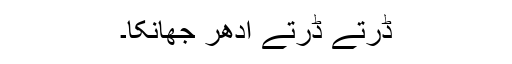
ڈرتے ڈرتے ادھر جھانکا۔